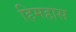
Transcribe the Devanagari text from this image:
हिमहास